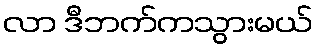
လာ ဒီဘက်ကသွားမယ်